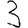
Digit: 3